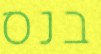
בנס